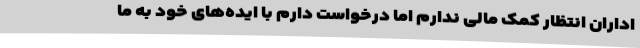
اداران انتظار کمک مالی ندارم اما درخواست دارم با ایده‌های خود به ما